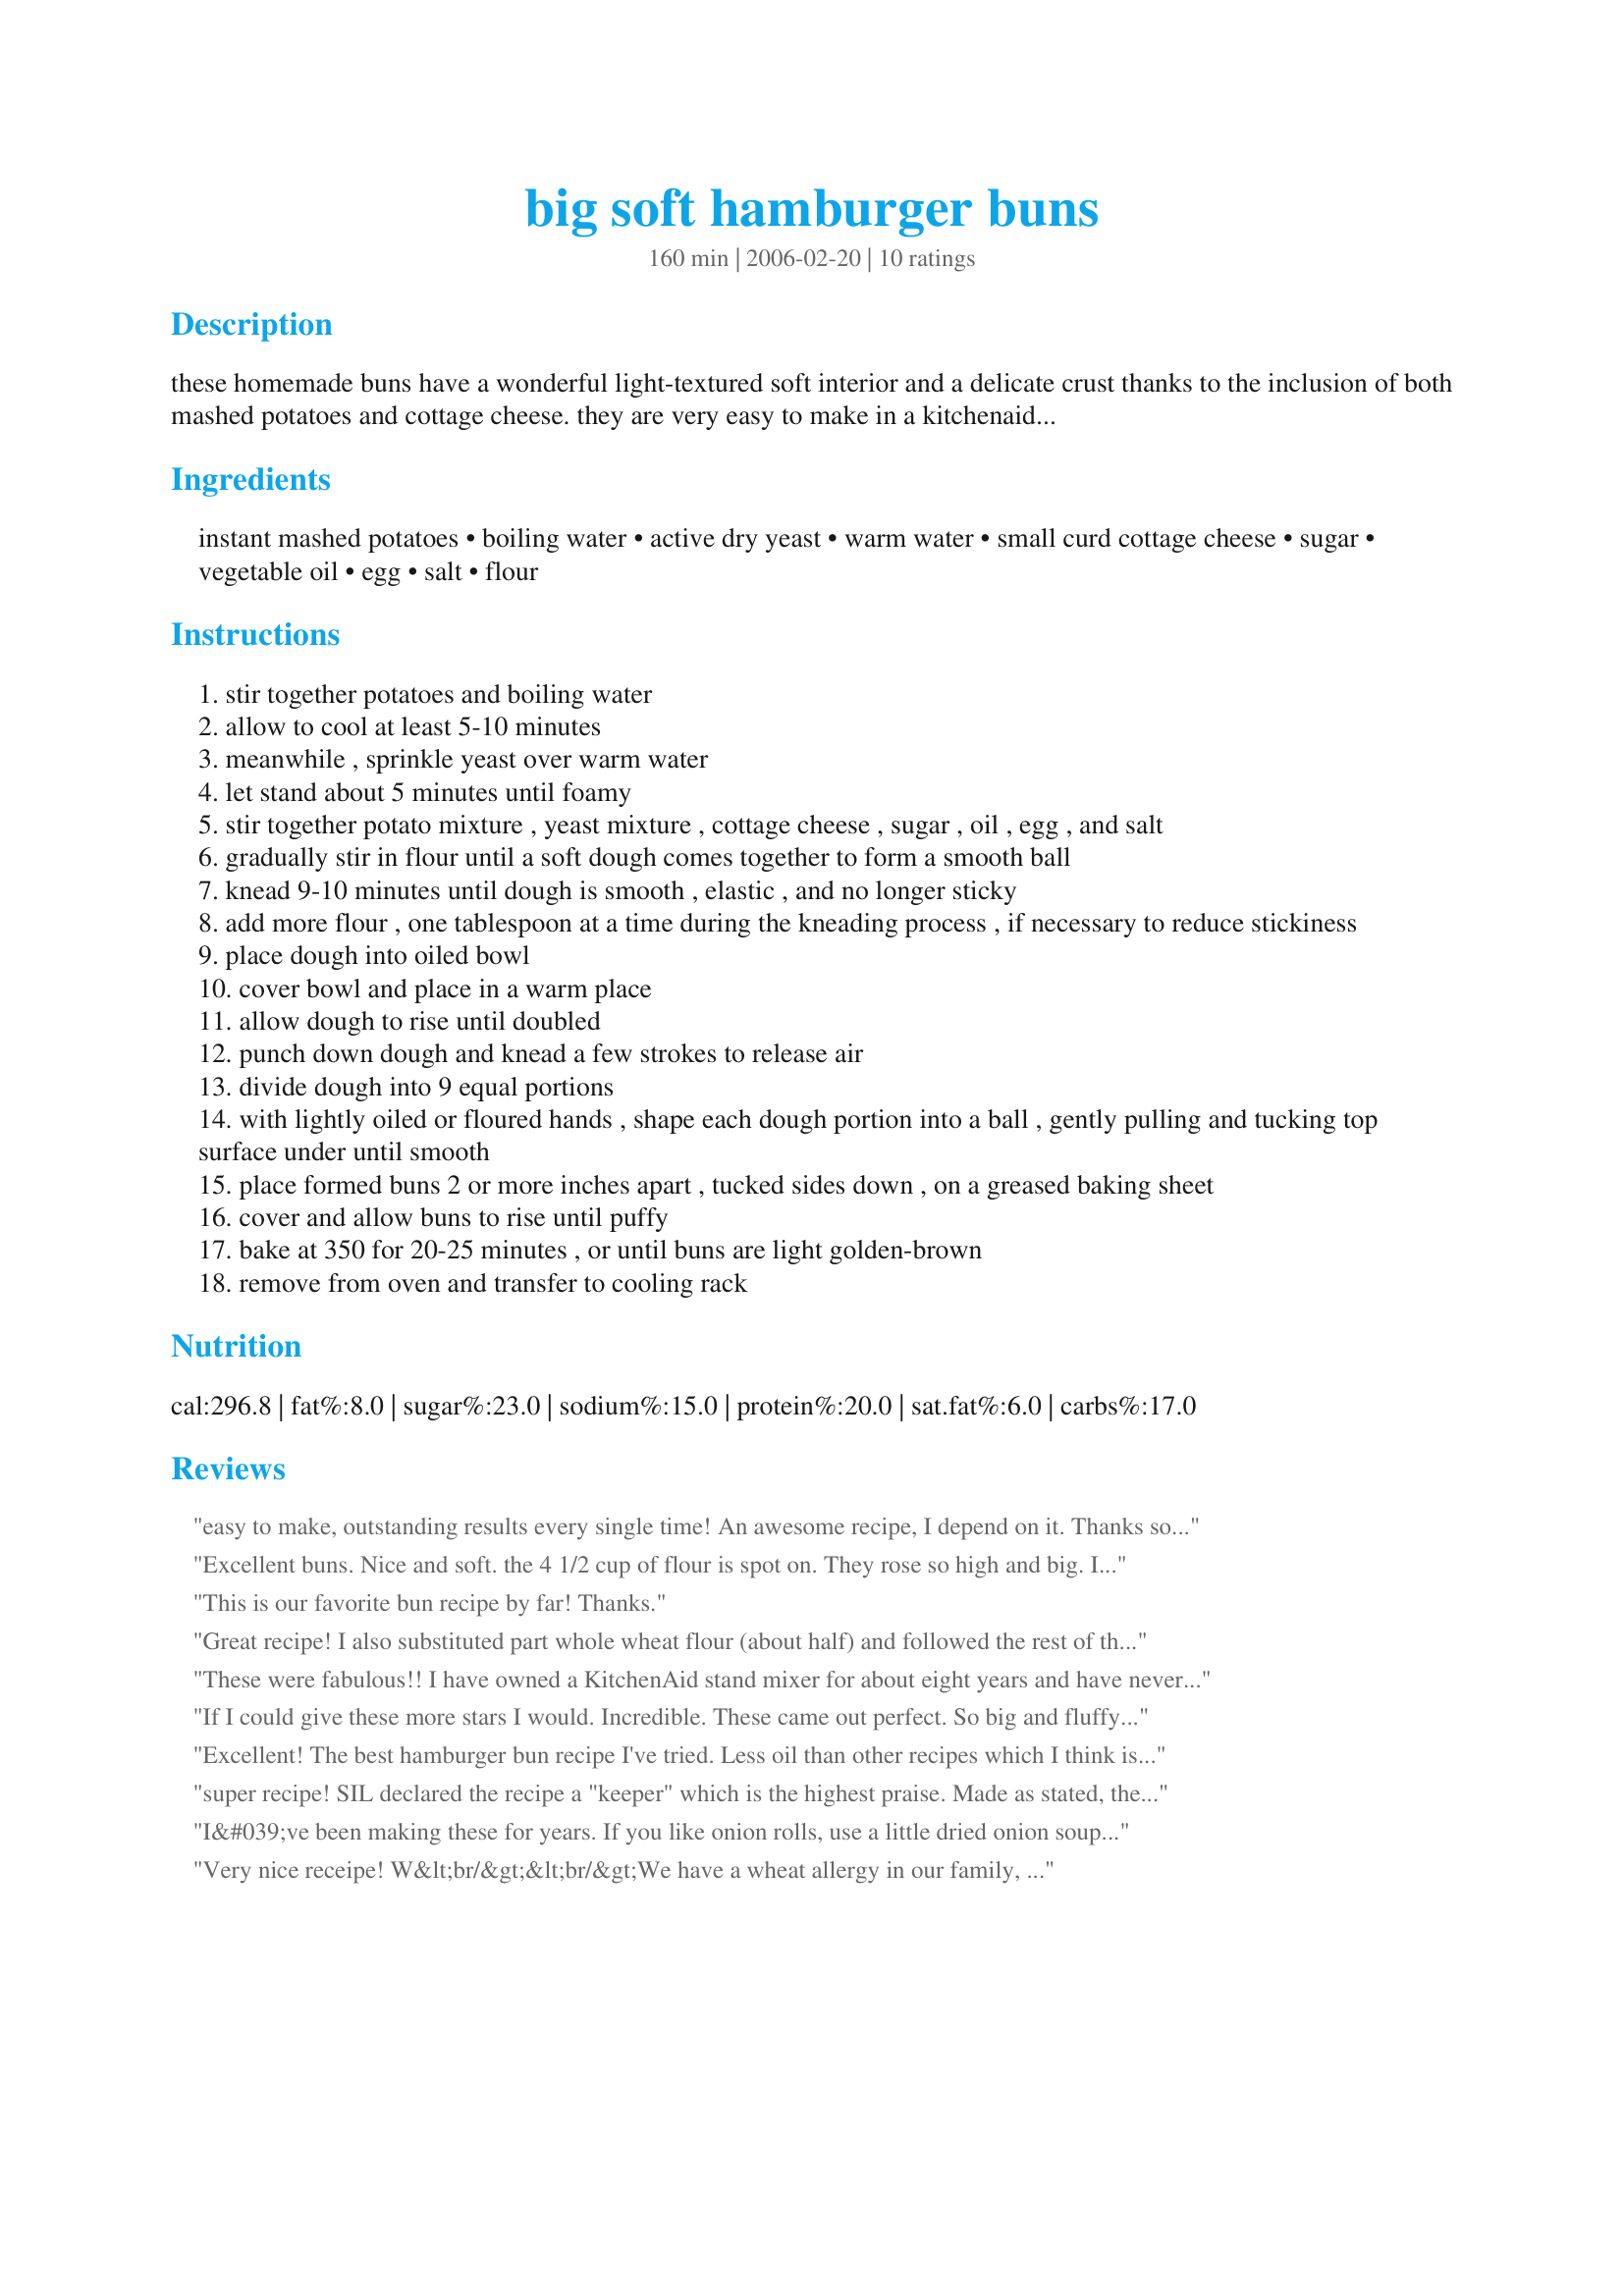
big soft hamburger buns
Preparation time: 160 minutes

these homemade buns have a wonderful light-textured soft interior and a delicate crust thanks to the inclusion of both mashed potatoes and cottage cheese. they are very easy to make in a kitchenaid stand mixer and so much better than store-bought buns! the recipe is from sunset breads (1995)

Ingredients:
instant mashed potatoes, boiling water, active dry yeast, warm water, small curd cottage cheese, sugar, vegetable oil, egg, salt, flour

Steps:
stir together potatoes and boiling water
allow to cool at least 5-10 minutes
meanwhile , sprinkle yeast over warm water
let stand about 5 minutes until foamy
stir together potato mixture , yeast mixture , cottage cheese , sugar , oil , egg , and salt
gradually stir in flour until a soft dough comes together to form a smooth ball
knead 9-10 minutes until dough is smooth , elastic , and no longer sticky
add more flour , one tablespoon at a time during the kneading process , if necessary to reduce stickiness
place dough into oiled bowl
cover bowl and place in a warm place
allow dough to rise until doubled
punch down dough and knead a few strokes to release air
divide dough into 9 equal portions
with lightly oiled or floured hands , shape each dough portion into a ball , gently pulling and tucking top surface under until smooth
place formed buns 2 or more inches apart , tucked sides down , on a greased baking sheet
cover and allow buns to rise until puffy
bake at 350 for 20-25 minutes , or until buns are light golden-brown
remove from oven and transfer to cooling rack

Reviews:
easy to make, outstanding results every single time! An awesome recipe, I depend on it. Thanks so much for posting it.
Excellent buns. Nice and soft. the 4 1/2 cup of flour is spot on. They rose so high and big. I made 10 buns but the next time, I will try 12 buns. However, mine baked up with these little black/brown dots from the cottage cheese. Was wondering if there was a way I could completely dissolve them into the dough? Thank you for sharing this great recipe.
This is our favorite bun recipe by far! Thanks.
Great recipe! I also substituted part whole wheat flour (about half) and followed the rest of the recipe to a T. Easy to make, although even though you can make 12 "smaller" ones, they're still huge! Great flavor, kids liked them, not fattening, so this one's a keeper!
These were fabulous!! I have owned a KitchenAid stand mixer for about eight years and have never been brave enough to make bread with it until now. Your instructions were very clear and easy to follow. This was a great first recipe to try in a stand mixer! The results were simply amazing! I have enough cottage cheese left to make another batch tomorrow! Thank you again for posting this wonderful recipe!
If I could give these more stars I would. Incredible. These came out perfect. So big and fluffy. I will never buy store bought again. Can't wait to serve these to guests this summer with smoked pork or bbq burgers! Thank You for an awesome recipe! ~Andi
Excellent! The best hamburger bun recipe I've tried. Less oil than other recipes which I think is the key, also the addition of potato flakes and cottage cheese gives a perfect texture. Used 1 cup whole wheat flour, the rest unbleached. Tender buns that stay soft even after storing. After mixing the dough in the Kitchen Aid, cottage cheese was no longer chunky and wasn't evident at all in the finished product. Made 12 buns, which were still large, but I always forget to form them a little higher, my buns always end up a little too wide. Would be great for hot dog buns, too. Thanks for sharing the recipe!
super recipe! SIL declared the recipe a "keeper" which is the highest praise. Made as stated, the buns are HUGE. When I make them again (and I will) I'll scale them down to make smaller buns. They look like they come from a specialty bakery. I did not have a problem with the cottage cheese, but I made them in my stand mixer, so it was completely incorporated into the dough. Great recipe!!!
I&#039;ve been making these for years. If you like onion rolls, use a little dried onion soup mix sprinkled on top before baking.
Very nice receipe! W&lt;br/&gt;&lt;br/&gt;We have a wheat allergy in our family, so we used spelt flour. &lt;br/&gt;&lt;br/&gt;We also left out the sugar because we don&#039;t like sweet buns and choose sesame-oil as vegetable oil which gave an extra bit of flavour. &lt;br/&gt;&lt;br/&gt;We tried it three times and will definetly keep it.
